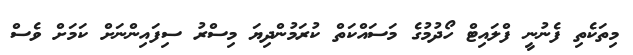
މިތަކެތި ފެނުނީ ފްލައިޓް ހޯދުމުގެ މަސައްކަތް ކުރަމުންދިޔަ މިސްރު ސިފައިންނަށް ކަމަށް ވެސް